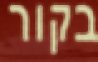
בקור